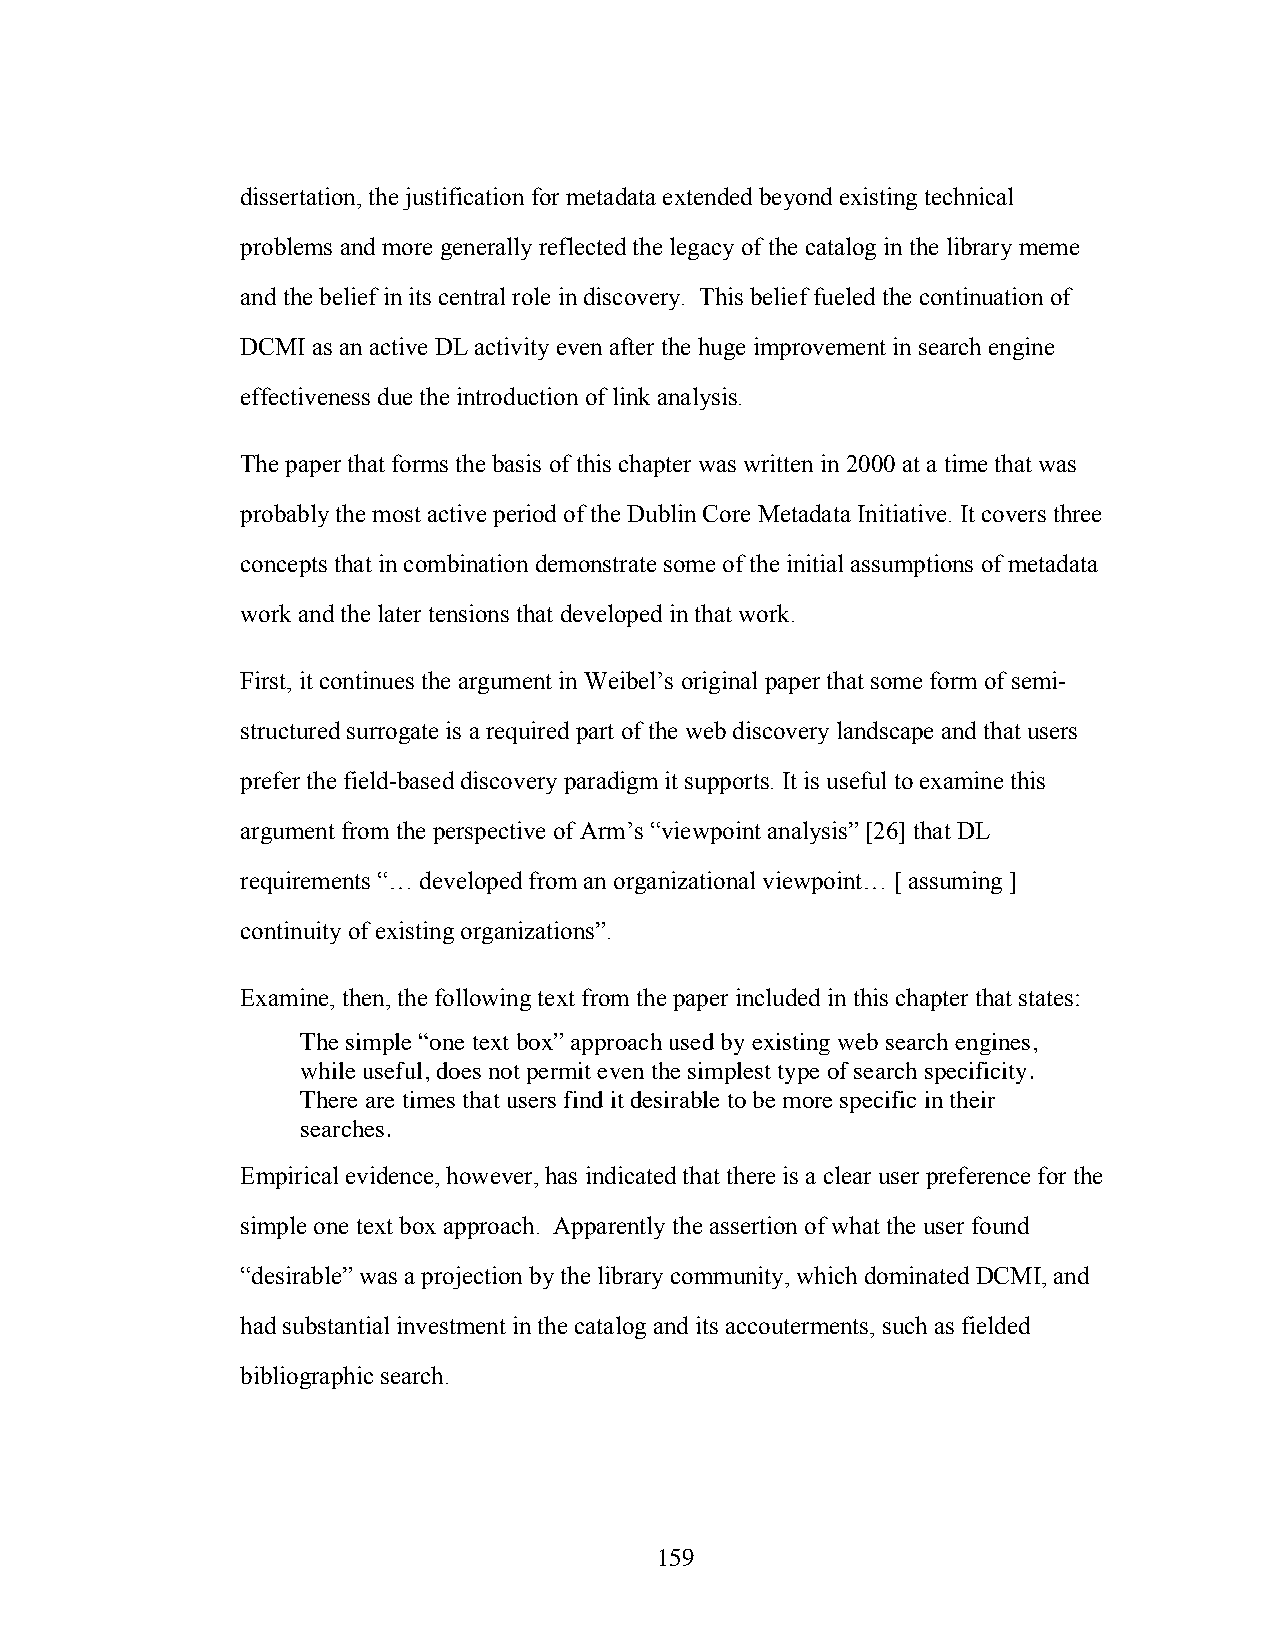
dissertation, the justification for metadata extended beyond existing technical
 problems and more generally reflected the legacy of the catalog in the library meme
 and the belief in its central role in discovery. This belief fueled the continuation of
 DCMI as an active DL activity even after the huge improvement in search engine
 effectiveness due the introduction of link analysis.
 The paper that forms the basis of this chapter was written in 2000 at a time that was
 probably the most active period of the Dublin Core Metadata Initiative. It covers three
 concepts that in combination demonstrate some of the initial assumptions of metadata
 work and the later tensions that developed in that work.
 First, it continues the argument in Weibel’s original paper that some form of semi-
 structured surrogate is a required part of the web discovery landscape and that users
 prefer the field-based discovery paradigm it supports. It is useful to examine this
 argument from the perspective of Arm’s “viewpoint analysis” [26] that DL
 requirements “… developed from an organizational viewpoint… [ assuming ]
 continuity of existing organizations”.
 Examine, then, the following text from the paper included in this chapter that states:
 The simple “one text box” approach used by existing web search engines,
 while useful, does not permit even the simplest type of search specificity.
 There are times that users find it desirable to be more specific in their
 searches.
 Empirical evidence, however, has indicated that there is a clear user preference for the
 simple one text box approach. Apparently the assertion of what the user found
 “desirable” was a projection by the library community, which dominated DCMI, and
 had substantial investment in the catalog and its accouterments, such as fielded
 bibliographic search.
 159